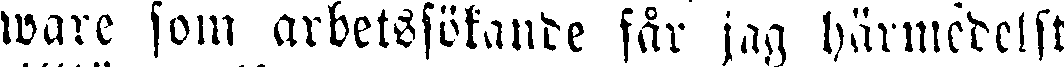
ware som arbetssökande får jag härmedelst